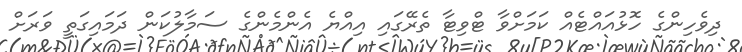
ދިވެހިންގެ ހޮޅުއައްޓެއް ކަމަށްވާ ޓްވިޓާ ތެރޭގައި އިއްޔެ އެންމެންގެ ސަމާލުކަން ދަމައިގަތީ ވަރަށް